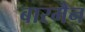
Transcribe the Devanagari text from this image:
बारमैन